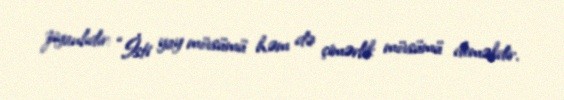
ziyanlıdır: “İsti yay mövsümü həm də çimərlik mövsümü deməkdir.